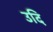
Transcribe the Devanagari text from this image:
उदि